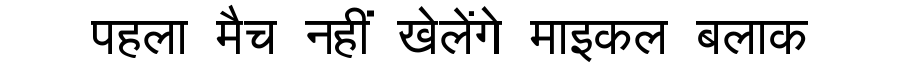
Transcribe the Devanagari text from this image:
पहला मैच नहीं खेलेंगे माइकल बलाक